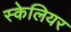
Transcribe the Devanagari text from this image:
स्केलियर